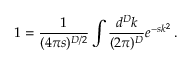
1 = \frac { 1 } { ( 4 \pi s ) ^ { D / 2 } } \int \frac { d ^ { D } k } { ( 2 \pi ) ^ { D } } e ^ { - s k ^ { 2 } } \, .